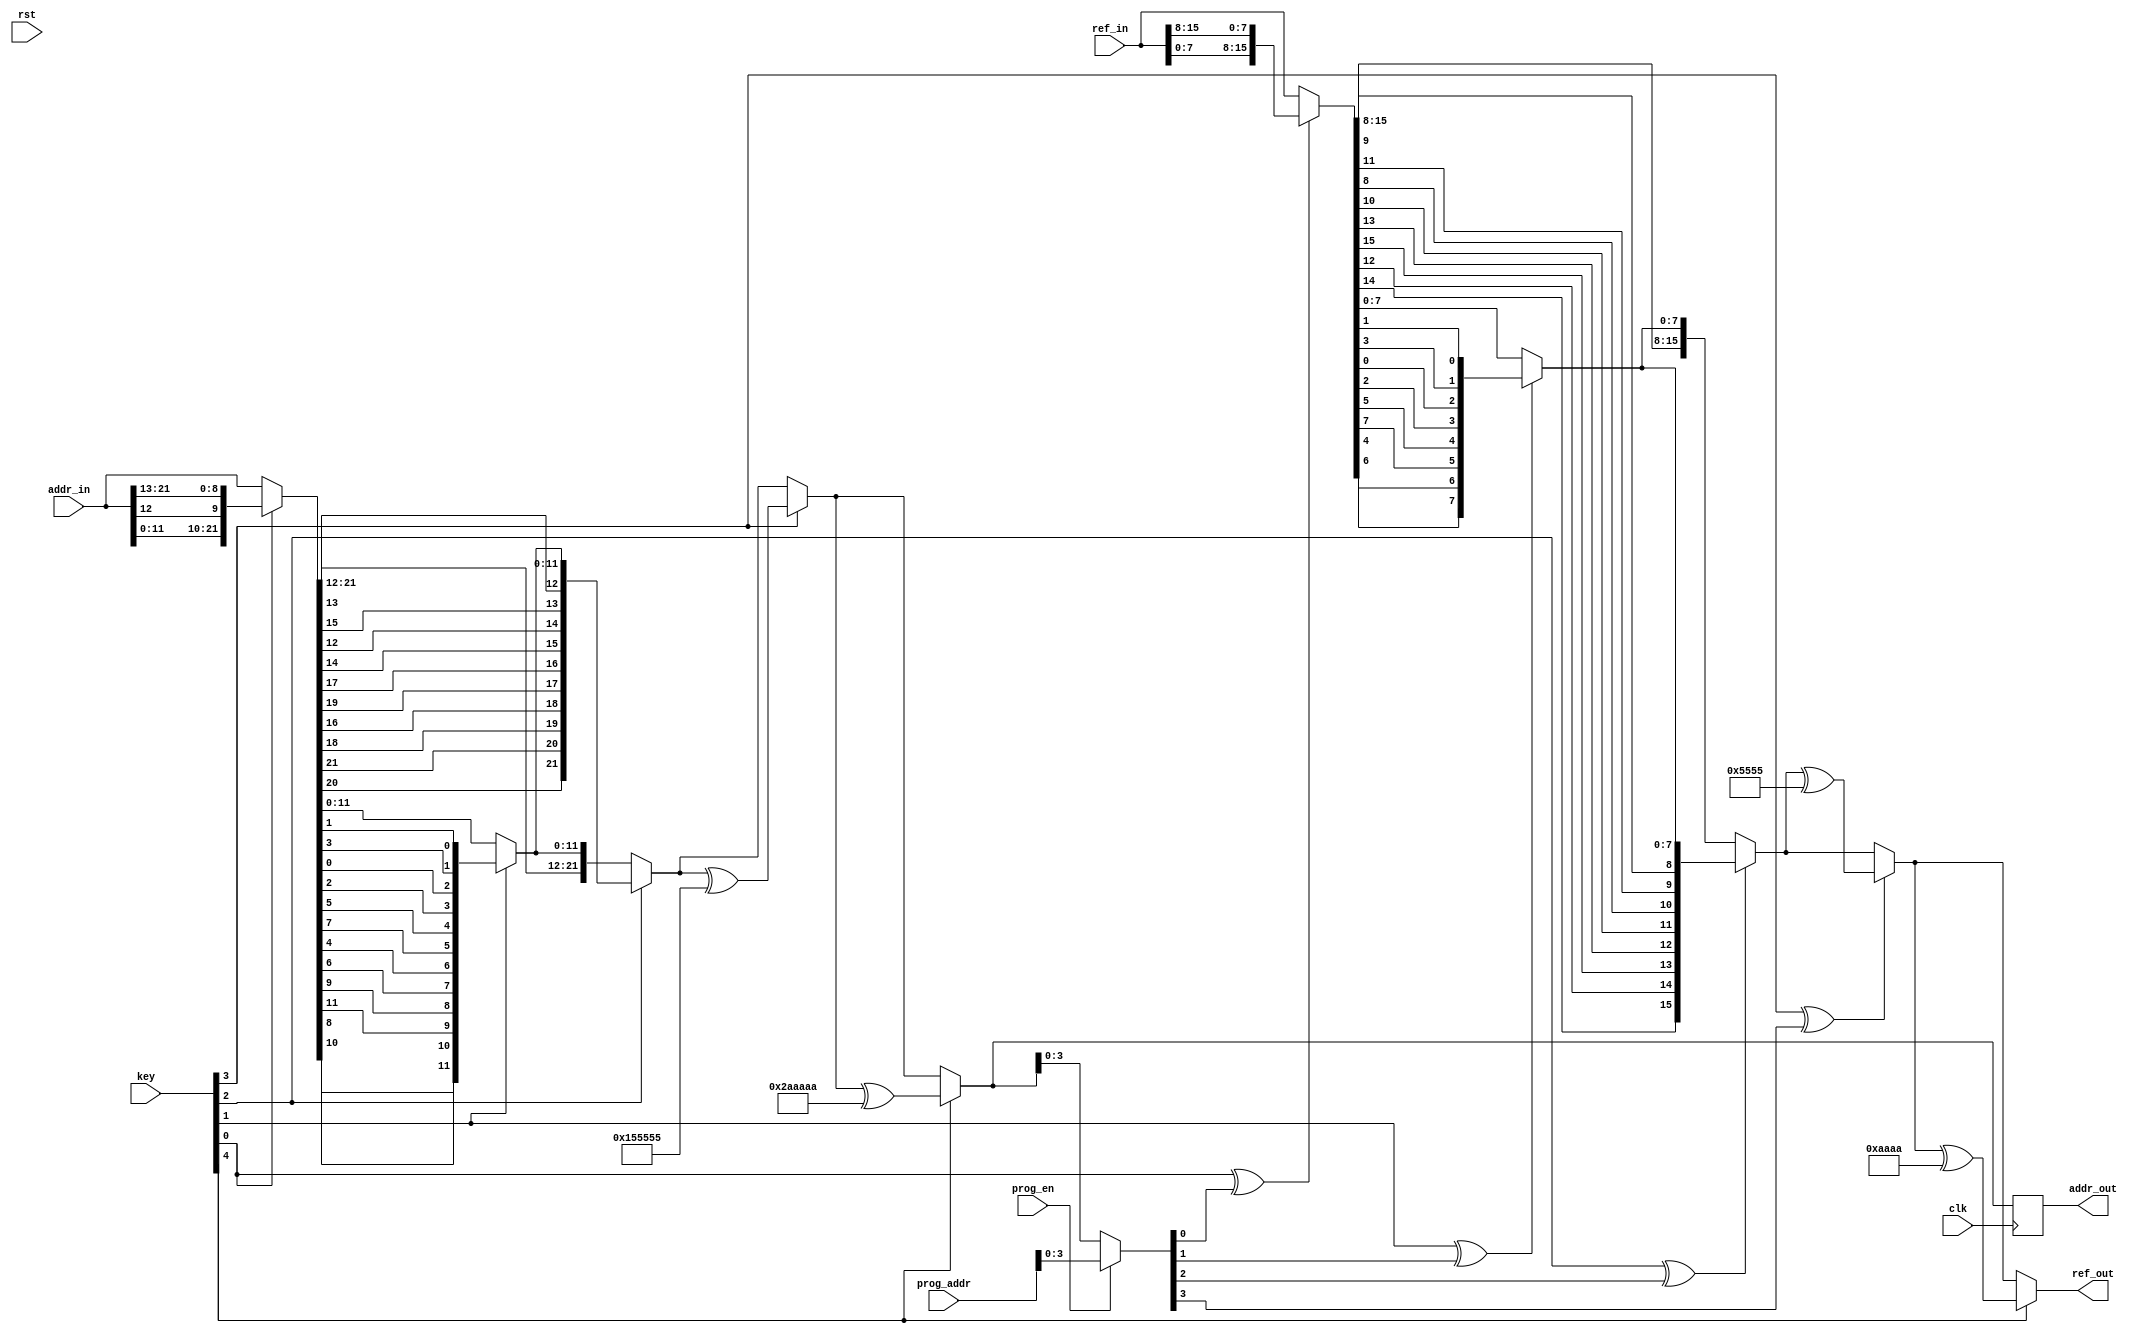
/*  This file is part of JTSDRAM.
    JTSDRAM program is free software: you can redistribute it and/or modify
    it under the terms of the GNU General Public License as published by
    the Free Software Foundation, either version 3 of the License, or
    (at your option) any later version.

    JTSDRAM program is distributed in the hope that it will be useful,
    but WITHOUT ANY WARRANTY; without even the implied warranty of
    MERCHANTABILITY or FITNESS FOR A PARTICULAR PURPOSE.  See the
    GNU General Public License for more details.

    You should have received a copy of the GNU General Public License
    along with JTSDRAM.  If not, see <http://www.gnu.org/licenses/>.

    Author: Jose Tejada Gomez. Twitter: @topapate
    Version: 1.0
    Date: 5-1-2021 */

module jtsdram_shuffle(
    input             rst,
    input             clk,
    input      [ 4:0] key,
    input      [21:0] addr_in,
    input      [21:0] prog_addr,
    input             prog_en,
    output reg [21:0] addr_out,
    input      [15:0] ref_in,
    output reg [15:0] ref_out
);

reg  [21:0] addr_shf;
wire [ 3:0] addr_eff = prog_en ? prog_addr[3:0] : addr_shf[3:0];

function [3:0] swap;
    input [3:0] a;
    swap = { a[2], a[0], a[3], a[1] };
endfunction

always @(*) begin
    addr_shf = addr_in;
    if( key[0] )
        addr_shf = { addr_shf[11:0], addr_shf[12], addr_shf[21:13] };
    if( key[1] )
        addr_shf = { addr_shf[21:12], swap(addr_shf[11:8]), swap(addr_shf[7:4]), swap(addr_shf[3:0]) };
    if( key[2] )
        addr_shf = { addr_shf[20],addr_shf[21], swap(addr_shf[19:16]), swap(addr_shf[15:12]), addr_shf[11:0] };
    if( key[3])
        addr_shf = addr_shf ^ 22'h15_5555;
    if( key[4])
        addr_shf = addr_shf ^ 22'h2a_aaaa;
end

always @(posedge clk) begin
    addr_out <= addr_shf;
end

always @(*) begin
    ref_out = ref_in;
    if( key[0] ^ addr_eff[0] )
        ref_out = { ref_out[7:0], ref_out[15:8] };
    if( key[1] ^ addr_eff[1] )
        ref_out = { ref_out[15:8], swap(ref_out[7:4]), swap(ref_out[3:0]) };
    if( key[2] ^ addr_eff[2] )
        ref_out = { swap(ref_out[15:12]), swap(ref_out[11:8]), ref_out[7:0] };
    if( key[3] ^ addr_eff[3] )
        ref_out = ref_out ^ 16'h5555;
    if( key[4])
        ref_out = ref_out ^ 16'haaaa;
end

endmodule